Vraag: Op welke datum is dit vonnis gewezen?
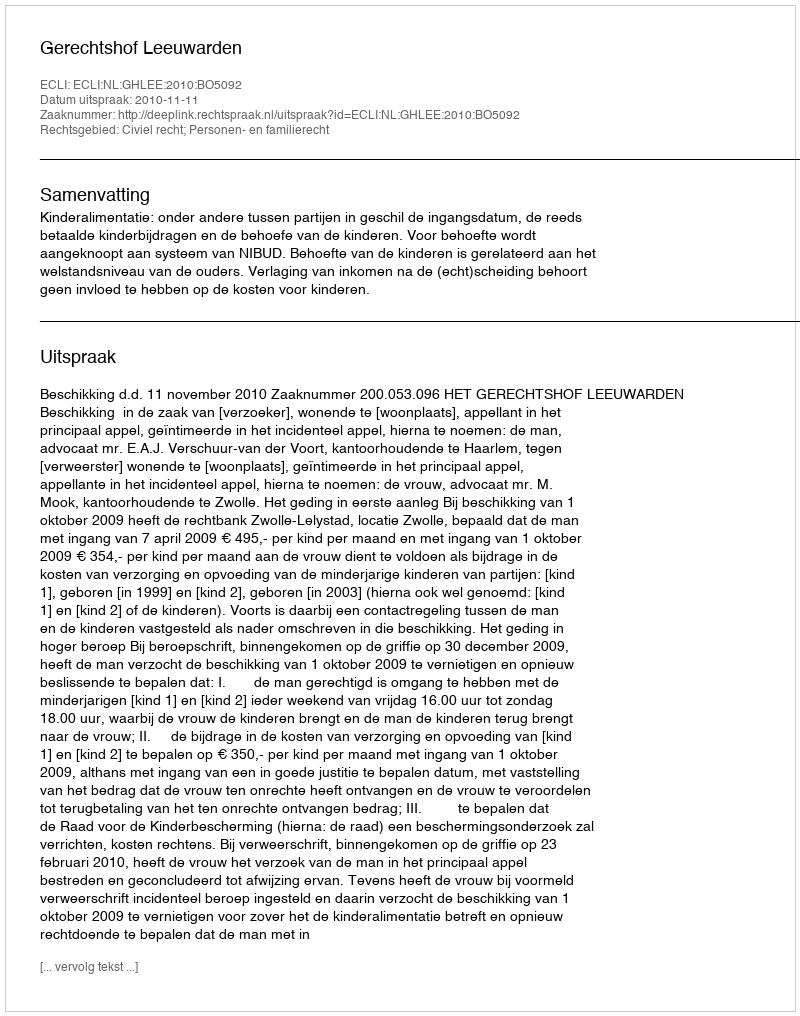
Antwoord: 2010-11-11